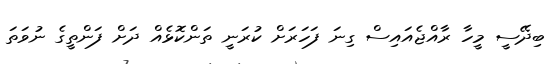
ބިދޭސީ މީހާ ރާއްޖެއައިސް ގިނަ ފަހަރަށް ކުރަނީ ތަންކޮޅެއް ދަށް ފަންތީގެ ނުވަތަ